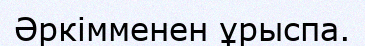
Әркімменен ұрыспа.